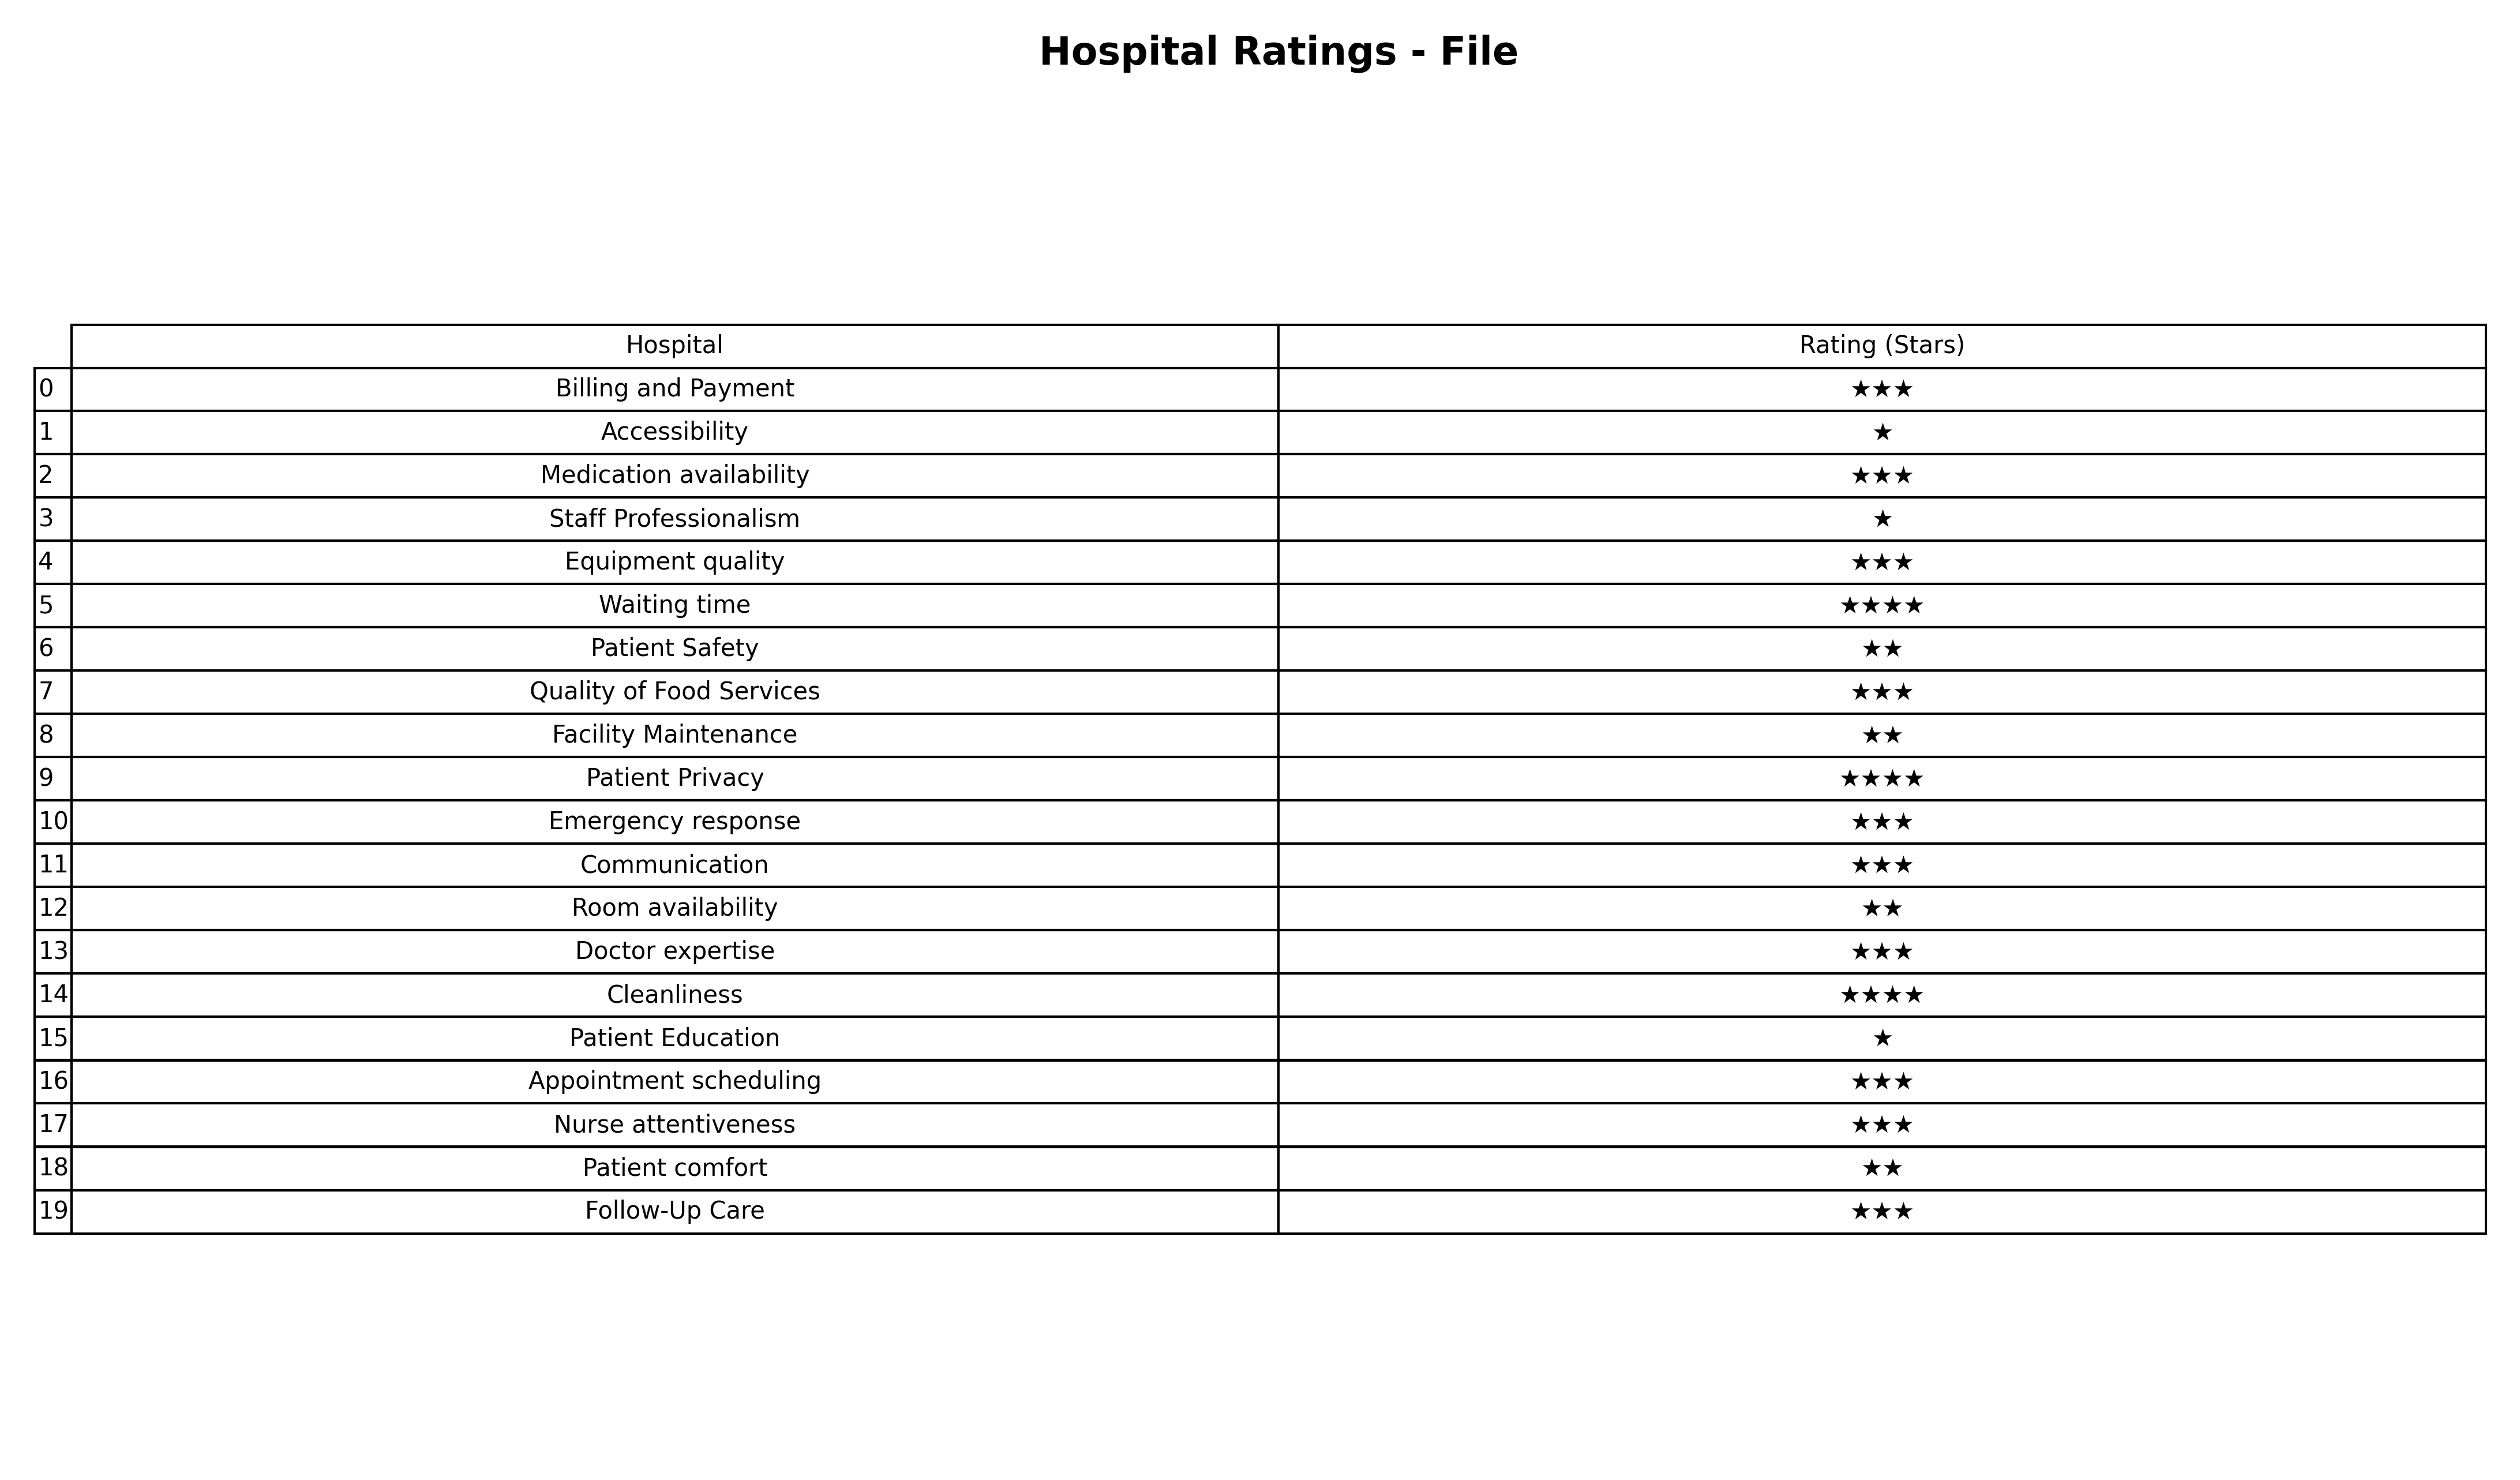
question: What are lowest rating services?
answer: Waiting timePatient PrivacyCleanliness